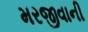
મરજીવાની